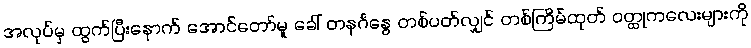
အလုပ်မှ ထွက်ပြီးနောက် အောင်တော်မူ ခေါ် တနင်္ဂနွေ တစ်ပတ်လျှင် တစ်ကြိမ်ထုတ် ဝတ္ထုကလေးများကို